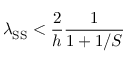
\lambda _ { \mathrm { S S } } < \frac { 2 } { h } \frac { 1 } { 1 + 1 / S }